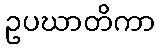
ဥပဃာတိကာ